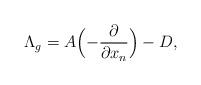
LaTeX: \begin{align*} \Lambda_{g} = A\Bigl(-\frac{\partial }{\partial x_n}\Bigr)-D, \end{align*}